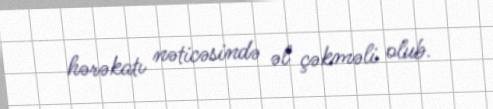
hərəkatı nəticəsində əl çəkməli olub.